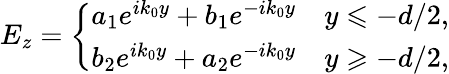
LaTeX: E_{z}=\left\{ \begin{array}{l}{a_{1}e^{ik_{0}y}+b_{1}e^{-ik_{0}y}\quad y\leqslant-d/2,}\\ {b_{2}e^{ik_{0}y}+a_{2}e^{-ik_{0}y}\quad y\geqslant-d/2,}\end{array}\right.